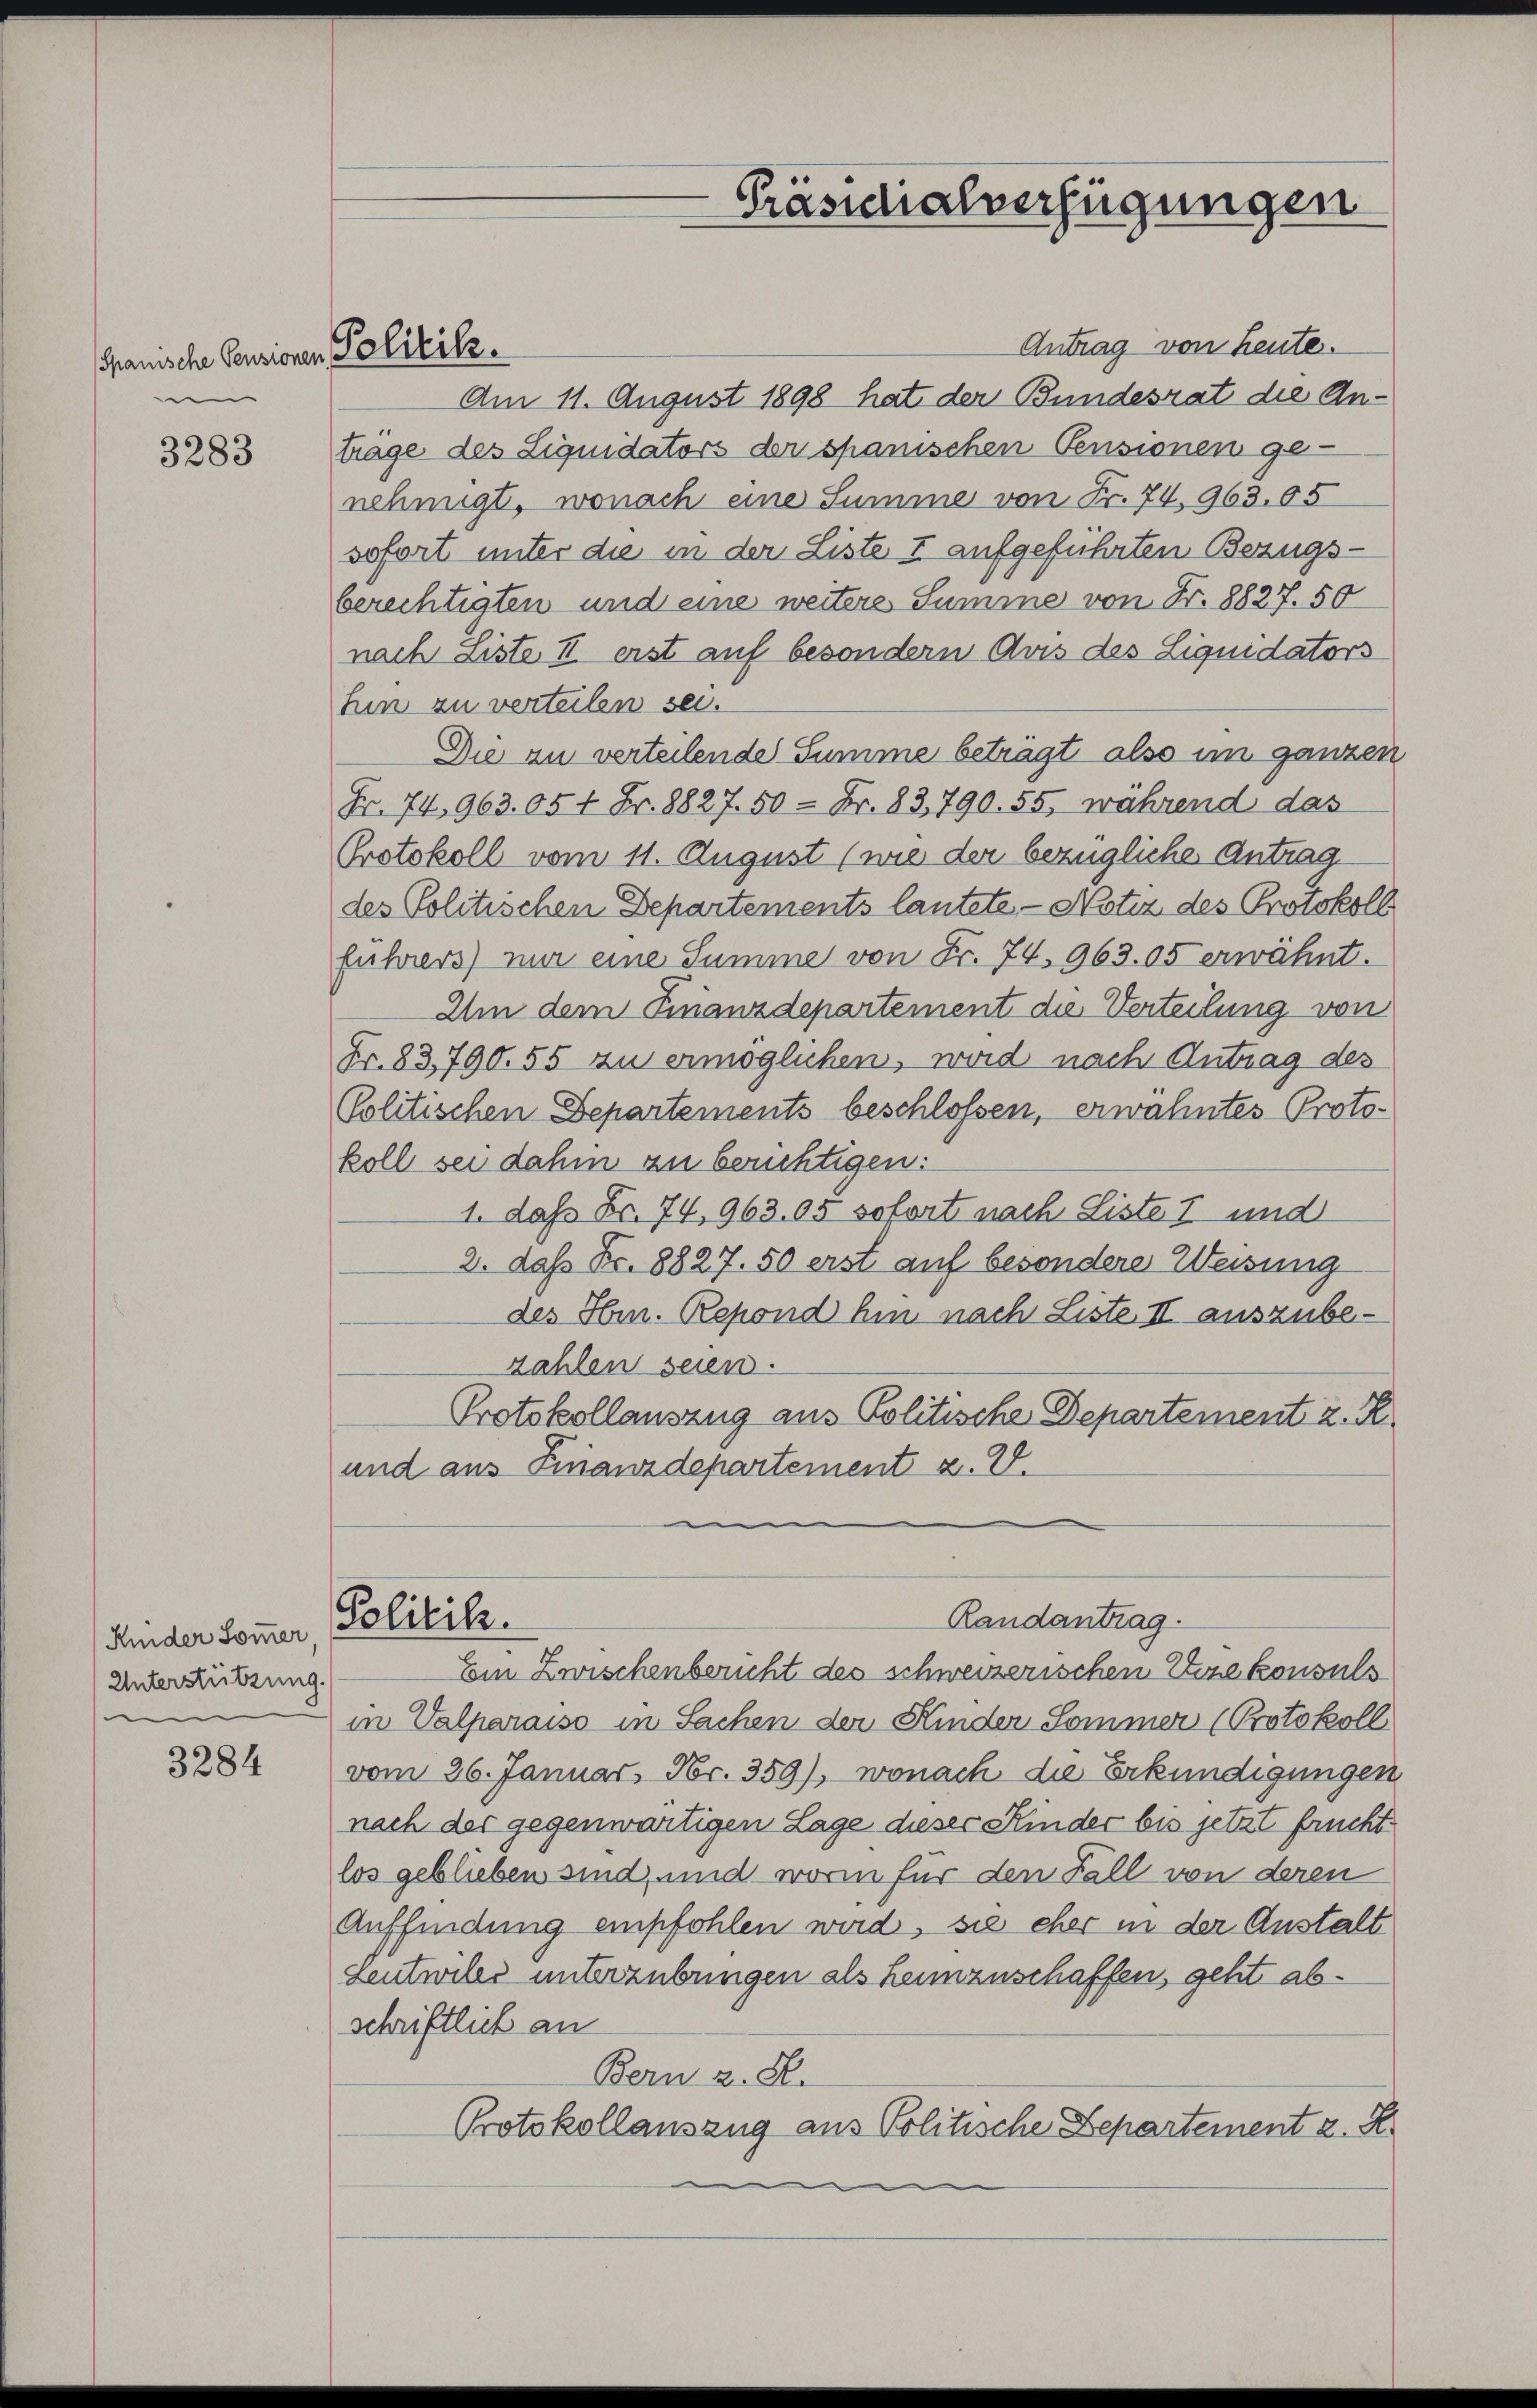
spanische Pensionen Politik.
m

3283

Kinder Sommer,
Unterstützung.
v

3284

Antrag von heute.
Am 11. August 1898 hat der Bundesrat die Antrage des Liquidators der spanischen Pensionen ge-
nehmigt, wonach eine Summe von Fr. 74, 963.05
sofort unter die in der Liste I aufgeführten Bezugsberechtigten und eine weitere Summe von Fr. 8827. 50
nach Liste II. erst auf besondern Aus des Liquidators
hin zu verteilen sei.
Die zu verteilende Summe betragt also im ganzen
Fr. 74, 963. 05 4 Fr. 8827. 50 - Fr. 83,790. 55, während das
Protokoll vom 11. August (wie der bezügliche Antrag
des Politischen Departements lautete, - Notiz des Protokoll
führers) nur eine Summe von Fr. 74. 963. 05 erwähnt.
Um dem Finanzdepartement die Verteilung von
Fr. 83,790. 55 zu ermöglichen, wird nach Antrag des
Politischen Departements beschlossen, erwähntes Protokoll sei dahin zu berichtigen:
1. das Fr. 74, 963. 05 sofort nach Liste I und
2. daß Fr. 8827. 50 erst auf besondere Weisung
des Hrn. Repond hin nach Liste II auszubezahlen seien.
Protokollauszug aus Politische Departement z. R.
und aus Finanzdepartement z. V.

Politik.

Präsidialverfügungen

in Valparaiso in Sachen der Kinder Sommer (Protokoll
vom 26. Januar, Fr. 359), wonach die Erkundigungen
nach der gegenwärtigen Lage dieser Kinder bis jetzt fruchtlos geblieben sind, und worin für den Fall von deren
Auffindung empfohlen wird, sie eher in der Anstalt
Leutwille unterzübungen als heimzuschaffen, geht abschriftlich an
Bern z. B.
Protokollauszug aus Politische Departement z. B.

Randantrag.
Ein Zwischenbericht des schweizerischen Vizekonsuls